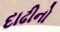
દાઢીનો